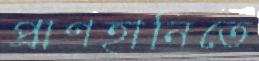
প্রাণহানিতে